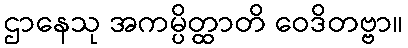
ဌာနေသု အကမ္ပိတ္ထာတိ ဝေဒိတဗ္ဗာ။